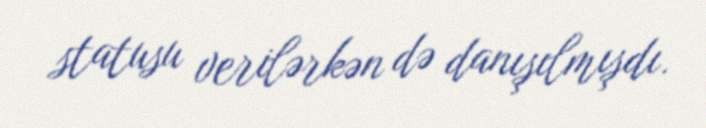
statusu verilərkən də danışılmışdı.